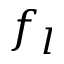
f _ { l }